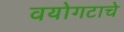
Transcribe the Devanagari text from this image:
वयोगटाचे